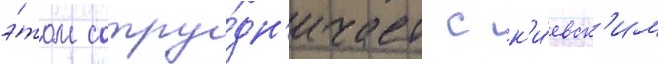
э́том сотру́дн'ичает с к'и́евск'им